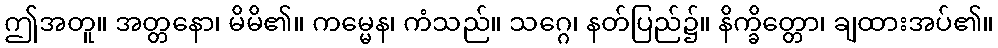
ဤအတူ။ အတ္တနော၊ မိမိ၏။ ကမ္မေန၊ ကံသည်။ သဂ္ဂေ၊ နတ်ပြည်၌။ နိက္ခိတ္တော၊ ချထားအပ်၏။